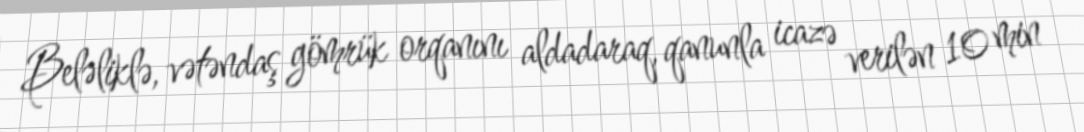
Beləliklə, vətəndaş gömrük orqanını aldadaraq, qanunla icazə verilən 10 min